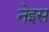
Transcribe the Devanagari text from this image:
नेइस